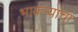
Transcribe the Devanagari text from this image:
भाकऱ्यांचा